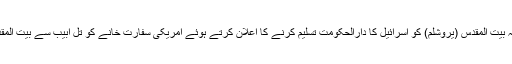
امریکی صدر نے 6 دسمبر 2017 کو مقبوضہ بیت المقدس (یروشلم) کو اسرائیل کا دارالحکومت تسلیم کرنے کا اعلان کرتے ہوئے امریکی سفارت خانے کو تل ابیب سے بیت المقدس منتقل کرنے کی ہدایات جاری کردی تھیں۔